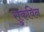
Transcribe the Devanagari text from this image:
सुकविन